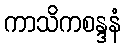
ကာသိကစန္ဒနံ